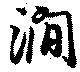
澗